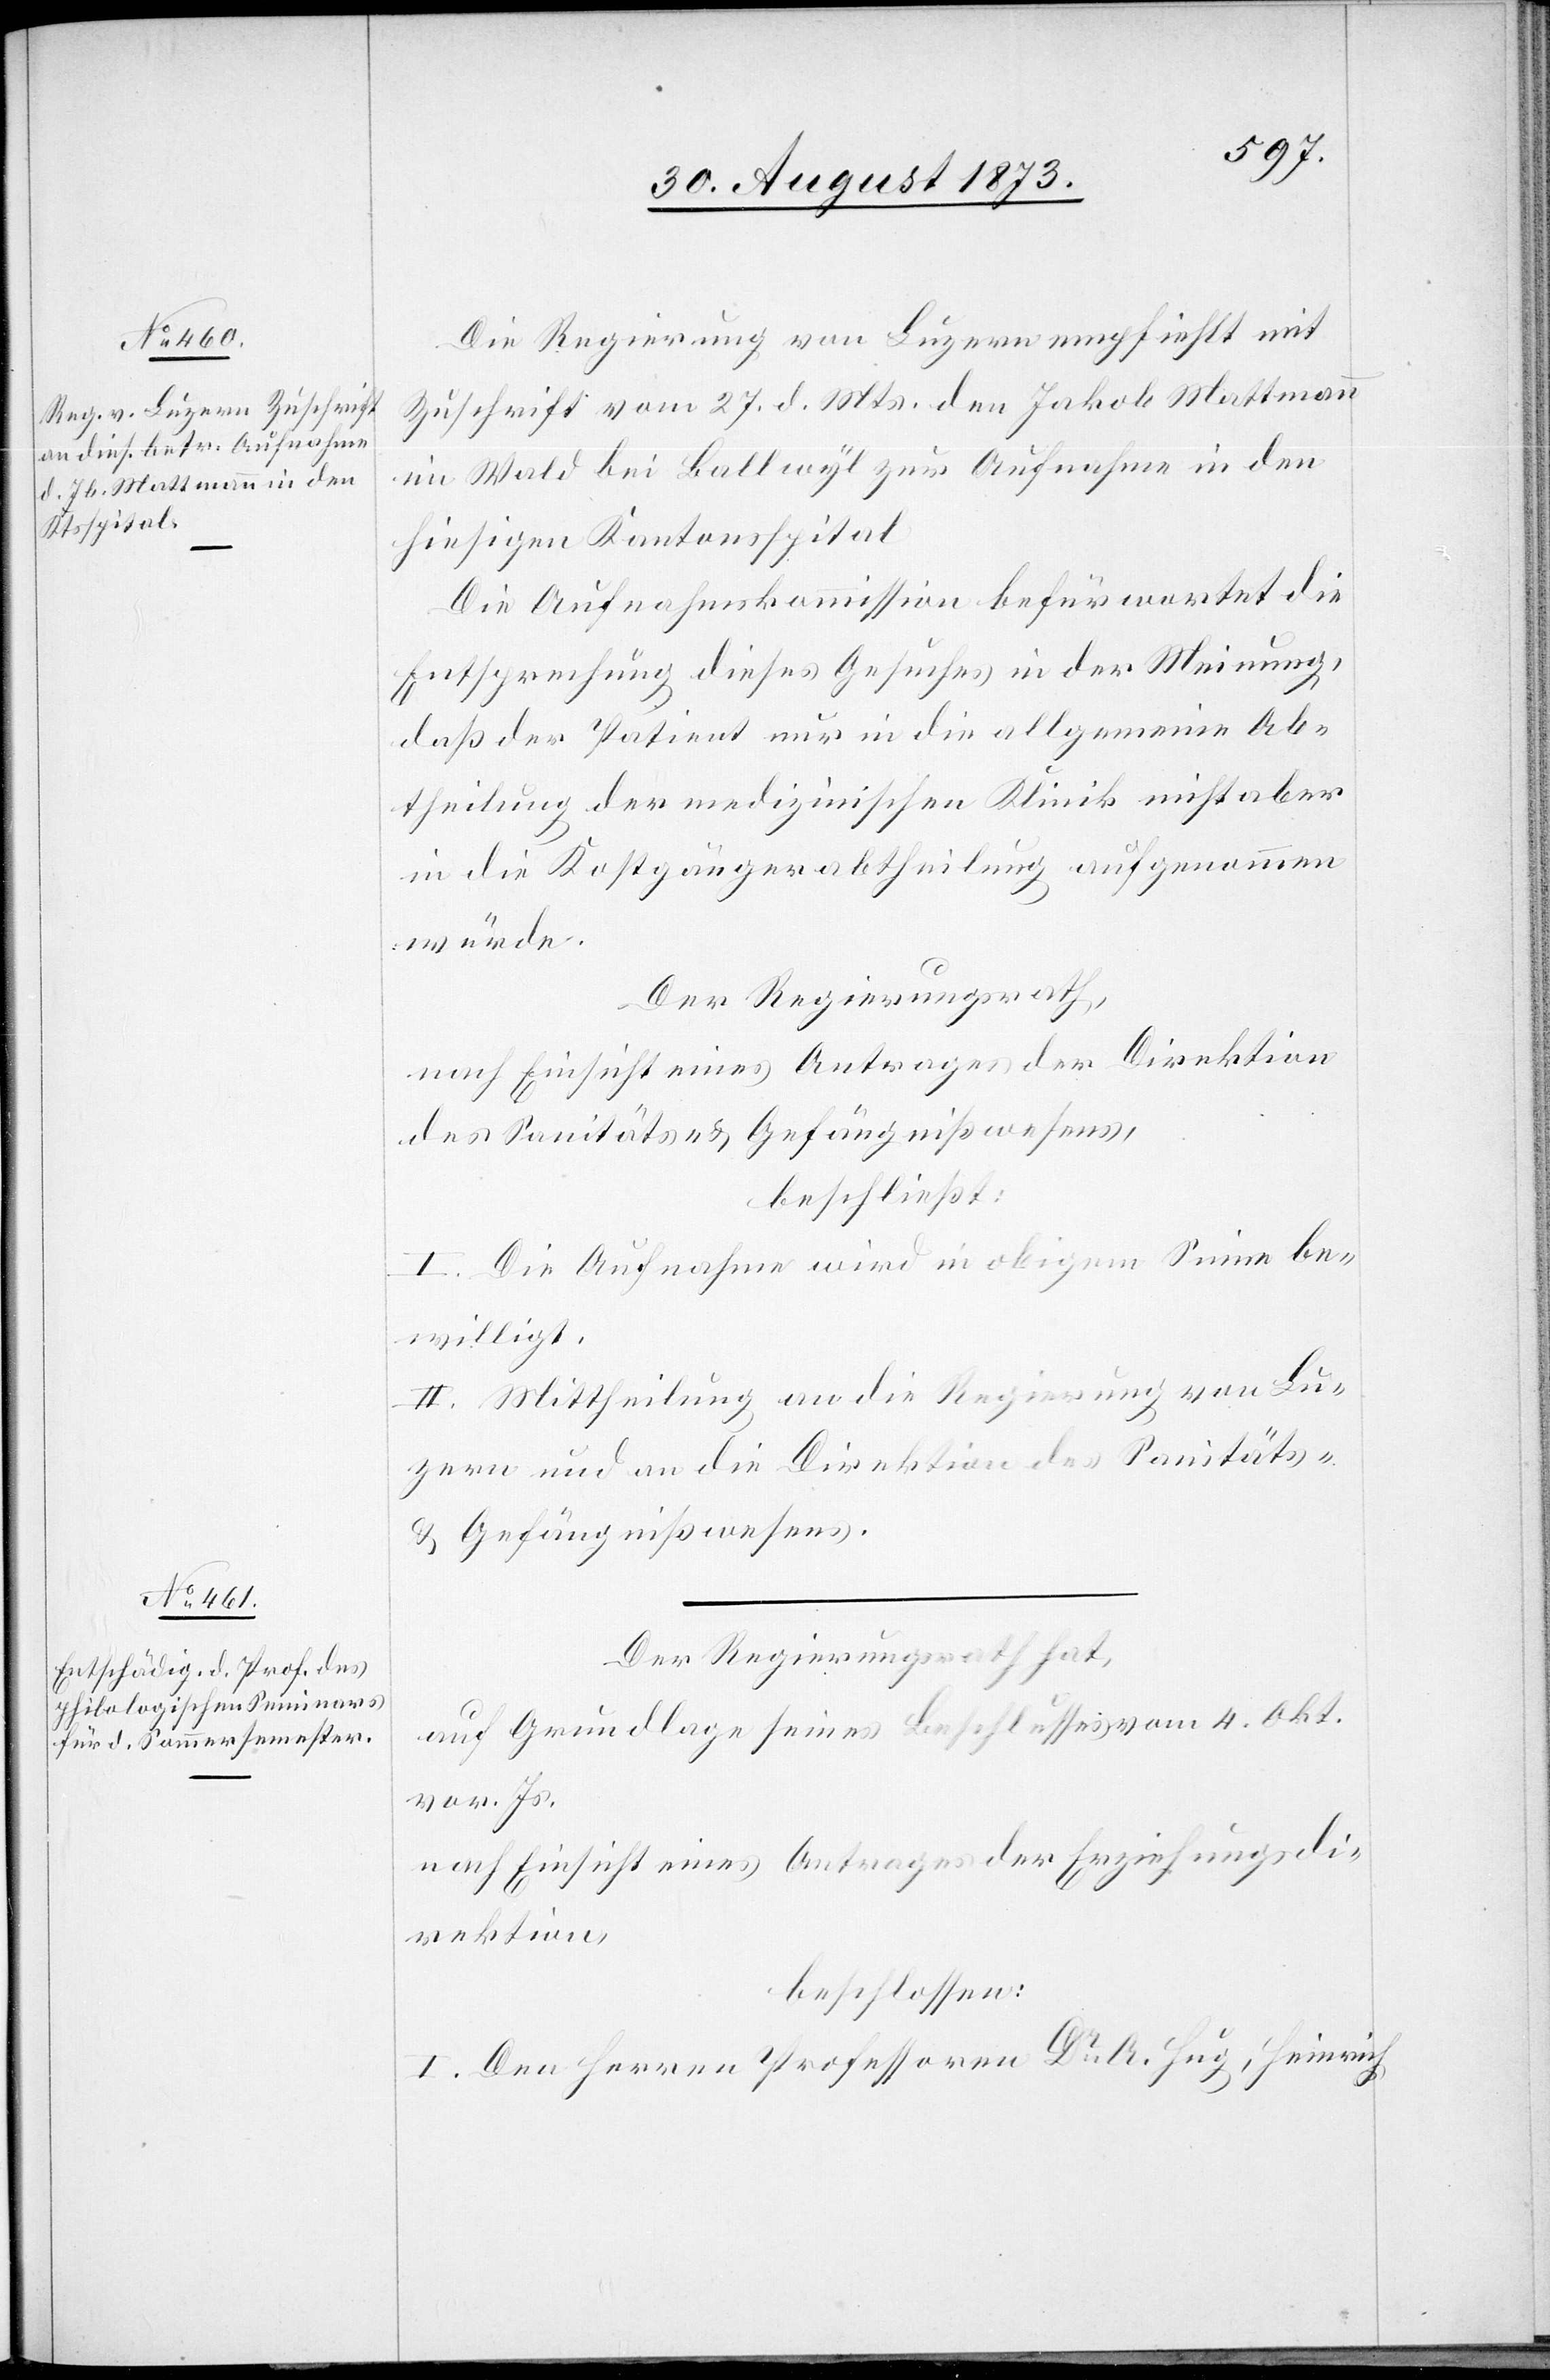
Die Regierung von Luzern empfiehlt mit
Zuschrift vom 27. d. Mts. den Jakob Mattmann
im Wald bei Ballwyl zur Aufnahme in den
hiesigen Kantonsspital.
Die Aufnahmskommission befürwortet die
Entsprechung dieses Gesuches in der Meinung,
daß der Patient nur in die allgemeine Ab¬
theilung der medizinischen Klinik nicht aber
in die Kostgängerabtheilung aufgenommen
würde.
Der Regierungsrath,
nach Einsicht eines Antrages der Direktion
des Sanitäts- & Gefängnißwesens,
beschließt:
I. Die Aufnahme wird in obigem Sinne be¬
willigt.
II. Mittheilung an die Regierung von Lu¬
zern und an die Direktion des Sanitäts-
& Gefängnißwesens.
Der Regierungsrath hat,
auf Grundlage seines Beschlusses vom 4. Okt.
vor. Js.
nach Einsicht eines Antrages der Erziehungsdi¬
rektion
beschlossen:
I. Den Herren Professoren Dr A. Hug, Heinrich